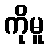
ကိုမူ